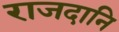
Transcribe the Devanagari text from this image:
राजदानि